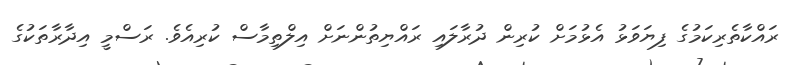
ރައްކާތެރިކަމުގެ ފިޔަވަޅު އެޅުމަށް ކުރިން ދުރާލައި ރައްޔިތުންނަށް އިލްތިމާސް ކުރިއެވެ. ރަސްމީ އިދާރާތަކުގެ